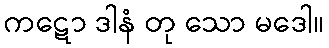
ကဋော ဒါနံ တု သော မဒေါ။